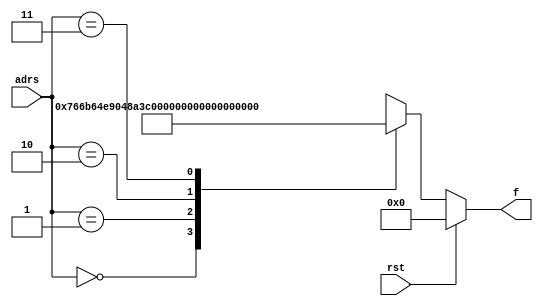
`timescale 1ns / 1ps
//////////////////////////////////////////////////////////////////////////////////
// Company: 
// Engineer: 
// 
// Design Name: 
// Module Name: function_generator6
// Project Name: 
// Target Devices: 
// Tool Versions: 
// Description: 
// 
// Dependencies: 
// 
// Revision:
// Revision 0.01 - File Created
// Additional Comments:
// 
//////////////////////////////////////////////////////////////////////////////////


module Function_generator6(f,adrs,rst);
parameter K_N=32;
output reg [K_N-1:0]f;
input [1:0]adrs;
input rst;
//input clk;
always@(adrs,rst)
if(rst)
f = 256'd0;
else
case(adrs)
  2'b00: f = 256'h86F9814253CEEC2C54926588FC2F4C12B7883921F2617F0F0020E433766B64E9;
  2'b01: f = 256'h1FB654F641FD4FF9AACA46CB8196622483528FAB57524387C1B0A115048A3C5E;
  2'b10: f = 256'h6861F1584D4BEFA3723D4B5ADB6178FD5FFDEF35E9A91ACF32A6EEE526C8BB48;
  2'b11: f = 256'h0FF7F9768FD3E9E024136C97AF578393627E062B70DEB711B5068749B50288CE;
  default: f = 256'd0;
endcase
endmodule